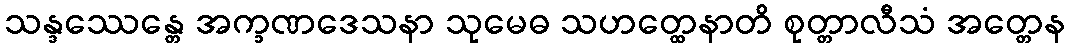
သန္ဒဿေန္တေ အက္ခဏဒေသနာ သုမေဓ သဟတ္ထေနာတိ စုတ္တာလီသံ အတ္တေန